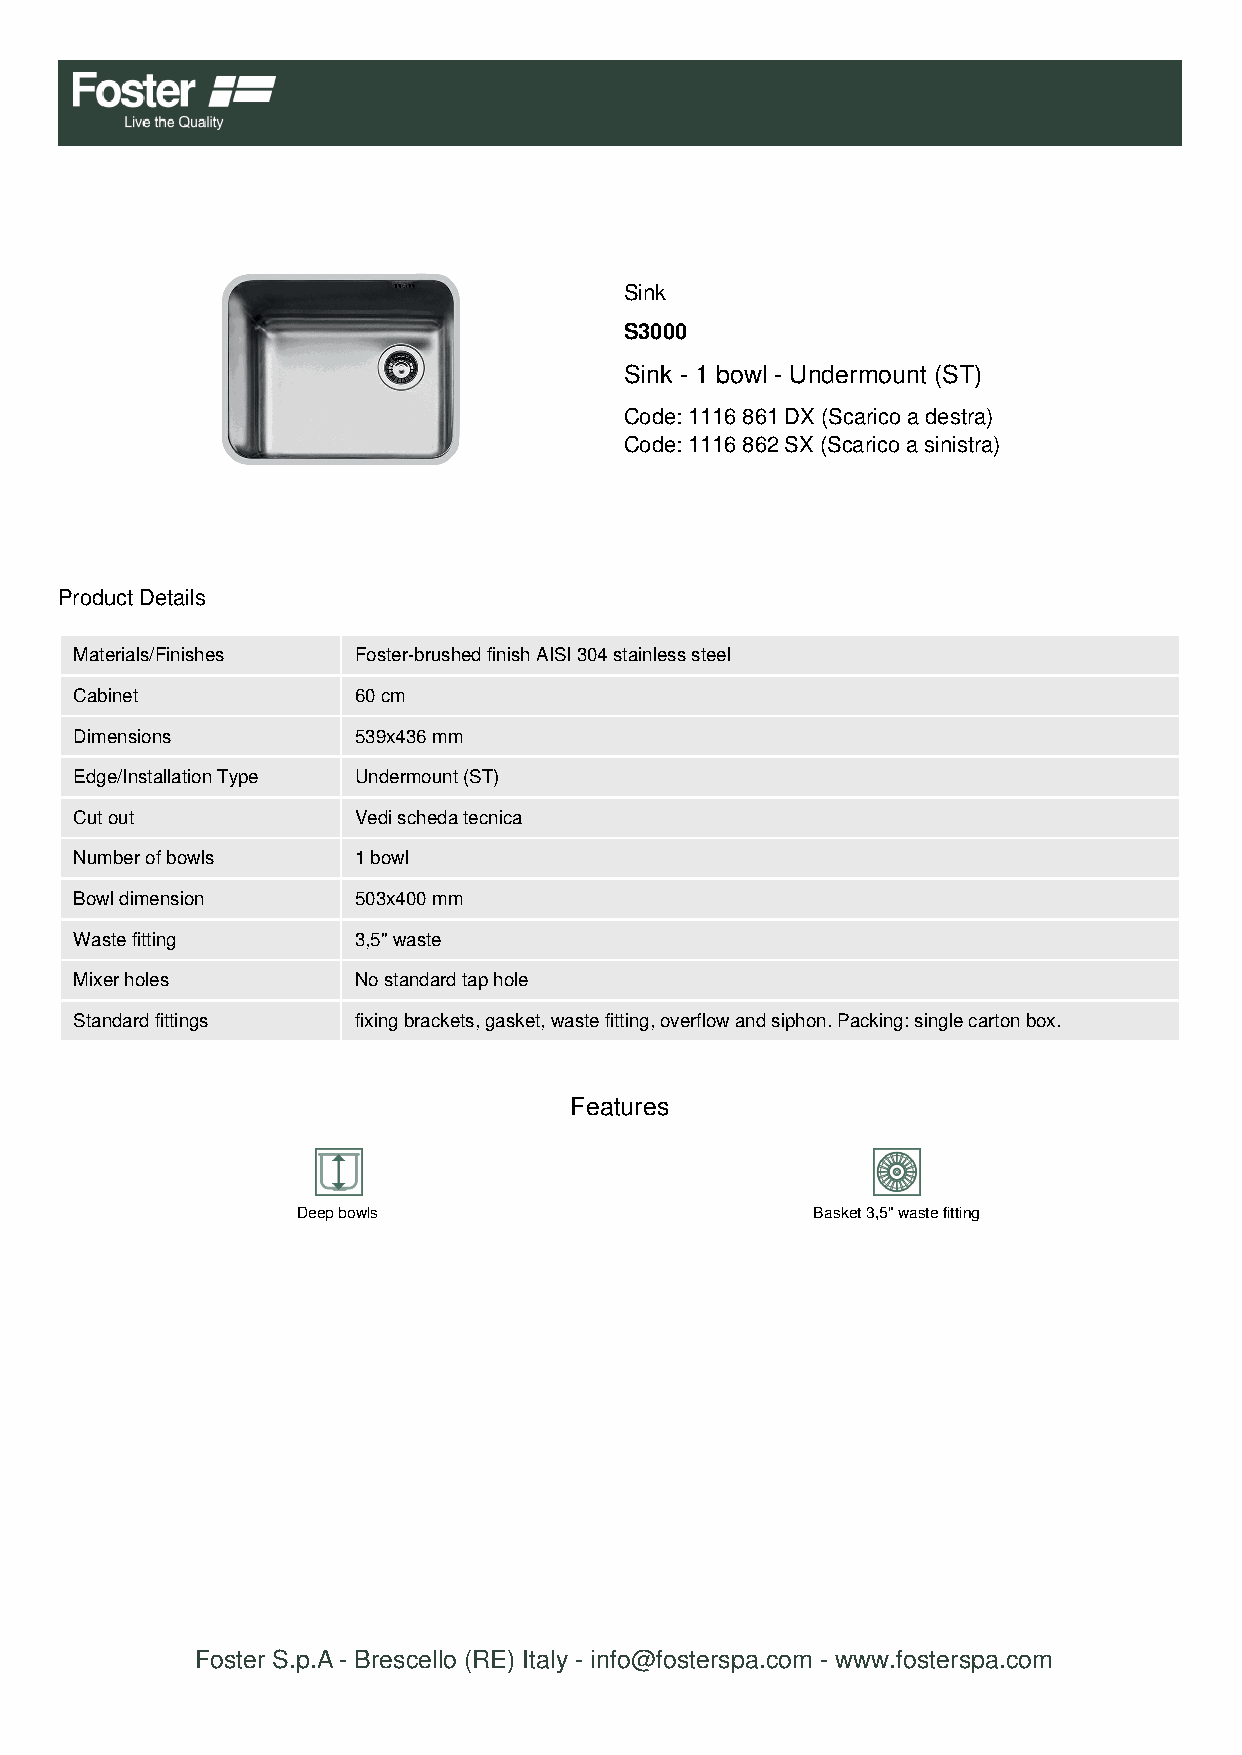
Sink
 S3000
 Sink - 1 bowl - Undermount (ST)
 Code: 1116 861 DX (Scarico a destra)
 Code: 1116 862 SX (Scarico a sinistra)
 Product Details
 Materials/Finishes Foster-brushed finish AISI 304 stainless steel
 Cabinet           60 cm
 Dimensions        539x436 mm
 Edge/Installation Type Undermount (ST)
 Cut out           Vedi scheda tecnica
 Number of bowls   1 bowl
 Bowl dimension    503x400 mm
 Waste fitting     3,5" waste
 Mixer holes       No standard tap hole
 Standard fittings fixing brackets, gasket, waste fitting, overflow and siphon. Packing: single carton box.
 Features
 Deep bowls                        Basket 3,5" waste fitting
 Foster S.p.A - Brescello (RE) Italy - info@fosterspa.com - www.fosterspa.com